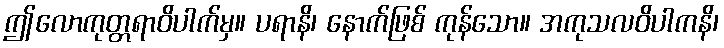
ဤလောကုတ္တရာဝိပါက်မှ။ ပရာနိ၊ နောက်ဖြစ် ကုန်သော။ အကုသလဝိပါကနိ၊